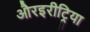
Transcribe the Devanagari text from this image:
औरइरीट्रिया